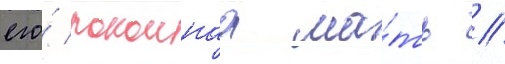
его́ покоинаа ма́ть //